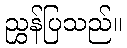
ညွှန်ပြသည်။